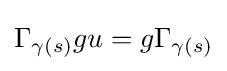
\Gamma _{\gamma (s)}gu=g\Gamma _{\gamma (s)}